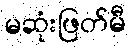
မဆုံးဖြတ်မီ